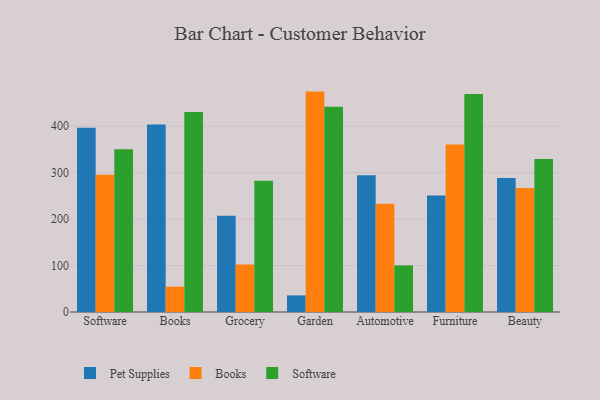
{"axis": {"x": "Category", "y": "Headcount"}, "legend": ["Books", "Pet Supplies", "Software"], "data": [{"x": "Software", "y": 396.9, "type": "Pet Supplies"}, {"x": "Software", "y": 295.8, "type": "Books"}, {"x": "Software", "y": 350.2, "type": "Software"}, {"x": "Books", "y": 404.0, "type": "Pet Supplies"}, {"x": "Books", "y": 54.6, "type": "Books"}, {"x": "Books", "y": 430.9, "type": "Software"}, {"x": "Grocery", "y": 207.2, "type": "Pet Supplies"}, {"x": "Grocery", "y": 102.3, "type": "Books"}, {"x": "Grocery", "y": 282.8, "type": "Software"}, {"x": "Garden", "y": 35.8, "type": "Pet Supplies"}, {"x": "Garden", "y": 474.6, "type": "Books"}, {"x": "Garden", "y": 441.9, "type": "Software"}, {"x": "Automotive", "y": 294.6, "type": "Pet Supplies"}, {"x": "Automotive", "y": 233.3, "type": "Books"}, {"x": "Automotive", "y": 100.4, "type": "Software"}, {"x": "Furniture", "y": 251.0, "type": "Pet Supplies"}, {"x": "Furniture", "y": 360.6, "type": "Books"}, {"x": "Furniture", "y": 469.5, "type": "Software"}, {"x": "Beauty", "y": 288.5, "type": "Pet Supplies"}, {"x": "Beauty", "y": 266.9, "type": "Books"}, {"x": "Beauty", "y": 329.2, "type": "Software"}]}